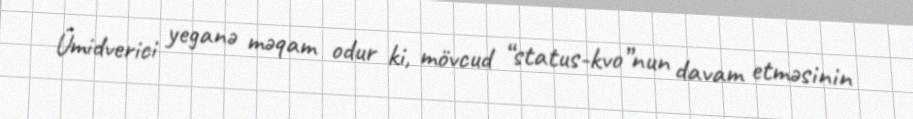
Ümidverici yeganə məqam odur ki, mövcud “status-kvo”nun davam etməsinin